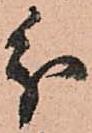
分